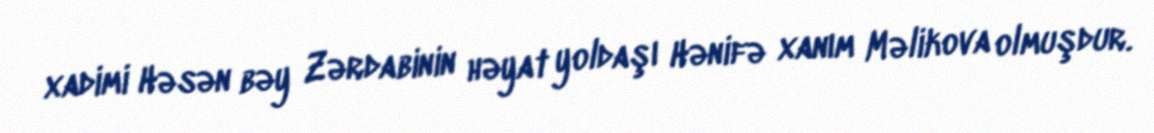
xadimi Həsən bəy Zərdabinin həyat yoldaşı Hənifə xanım Məlikova olmuşdur.